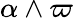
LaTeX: \alpha\wedge\varpi